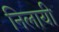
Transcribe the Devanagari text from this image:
निलायी